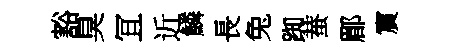
豁臭冝近鱗長兔踟蛬郿賔